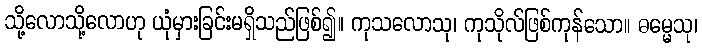
သို့လောသို့လောဟု ယုံမှားခြင်းမရှိသည်ဖြစ်၍။ ကုသလောသု၊ ကုသိုလ်ဖြစ်ကုန်သော။ ဓမ္မေသု၊